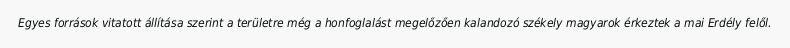
Egyes források vitatott állítása szerint a területre még a honfoglalást megelőzően kalandozó székely magyarok érkeztek a mai Erdély felől.